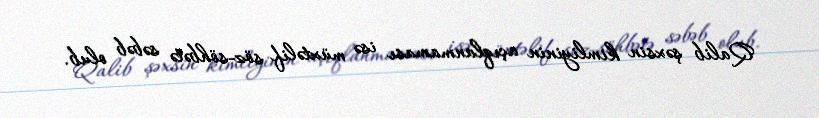
Qalib şəxsin kimliyinin açıqlanmaması isə müxtəlif söz-söhbətə səbəb olub.